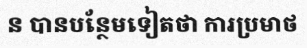
ន បានបន្ថែមទៀតថា ការប្រមាថ